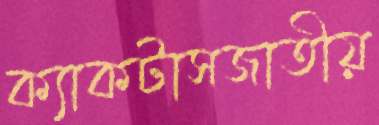
ক্যাকটাসজাতীয়